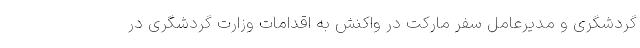
گردشگری و مدیرعامل سفر مارکت در واکنش به اقدامات وزارت گردشگری در